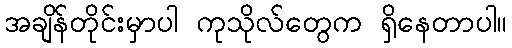
အချိန်တိုင်းမှာပါ ကုသိုလ်တွေက ရှိနေတာပါ။